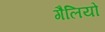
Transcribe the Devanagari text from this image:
गैलियो